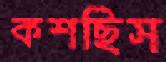
কশছিস